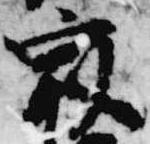
最